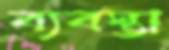
ব্যবস্তা